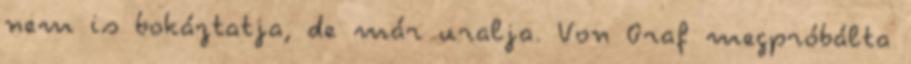
nem is bokáztatja, de már uralja. Von Graf megpróbálta